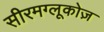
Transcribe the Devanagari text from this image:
सीरमग्लूकोज़